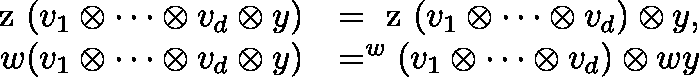
\begin{array} { r l } { \mathrm { \boldmath ~ z ~ } ( v _ { 1 } \otimes \dots \otimes v _ { d } \otimes y ) } & { = \mathrm { \boldmath ~ z ~ } ( v _ { 1 } \otimes \dots \otimes v _ { d } ) \otimes y , } \\ { w ( v _ { 1 } \otimes \dots \otimes v _ { d } \otimes y ) } & { = ^ { w } ( v _ { 1 } \otimes \dots \otimes v _ { d } ) \otimes w y } \end{array}